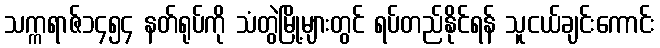
သက္ကရာဇ်၁၄၅၄ နတ်ရုပ်ကို သံတွဲမြို့များတွင် ရပ်တည်နိုင်ရန် သူငယ်ချင်းကောင်း